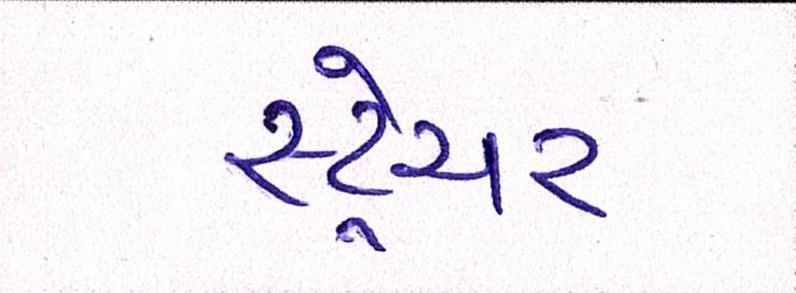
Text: સ્ટ્રેચર